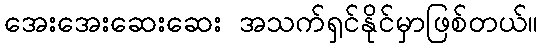
အေးအေးဆေးဆေး အသက်ရှင်နိုင်မှာဖြစ်တယ်။